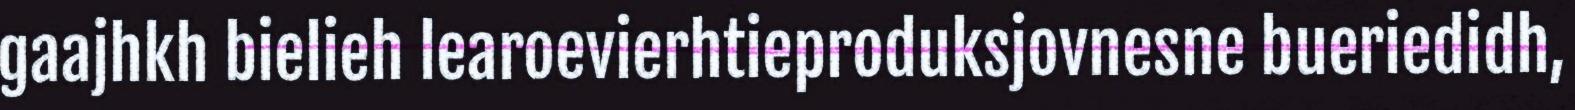
gaajhkh bielieh learoevierhtieproduksjovnesne bueriedidh,